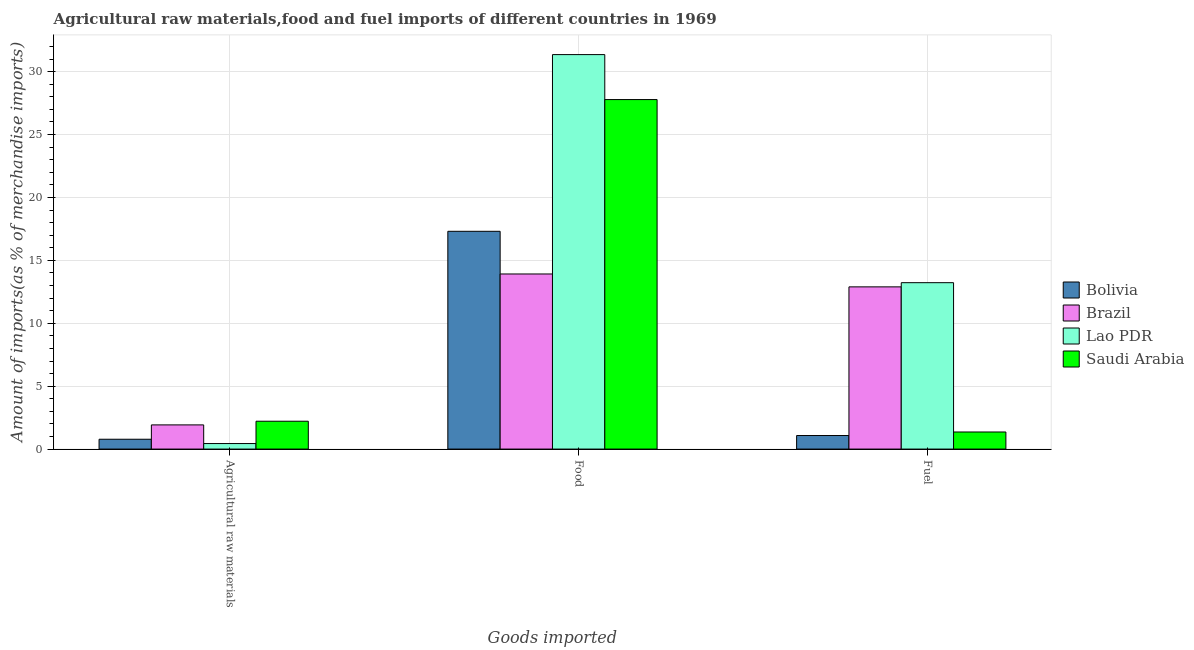
| Goods imported | Bolivia | Brazil | Lao PDR | Saudi Arabia |
 | --- | --- | --- | --- | --- |
 | Agricultural raw materials | 0.781 | 1.92 | 0.439 | 2.21 |
 | Food | 17.3 | 13.9 | 31.4 | 27.8 |
 | Fuel | 1.08 | 12.9 | 13.2 | 1.36 |